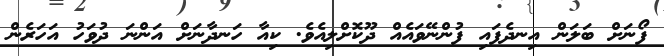
ފޯނަށް ބަލަން އިނދެފައި ފުންނޭވައެއް ދޫކޮށްލިއެވެ. ކިއާ ހަނދާނަށް އަންނަ ދުވަހު އަހަރެން